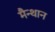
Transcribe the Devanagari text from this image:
मैन्थान